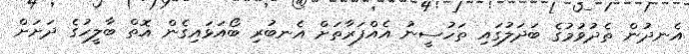
އެނދުން ތެދުވުމުގެ ބަދަލުގައި ތަހުސީނު އެއްފަރާތަށް އެނބުރި ބޯއަޅައިގެން އޮތް ބާލީހުގެ ދަށަށް